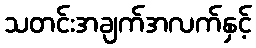
သတင်းအချက်အလက်နှင့်